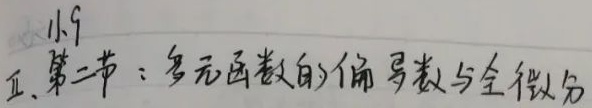
小结五、第二节：多元函数的偏导数与全微分